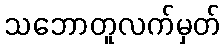
သဘောတူလက်မှတ်